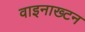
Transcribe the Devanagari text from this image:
वाइनाख्टन